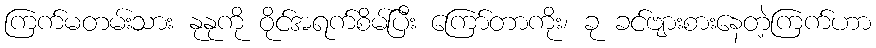
ကြက်မတမ်းသား နုနုကို ဝိုင်အရက်စိမ်ပြီး ကြော်တာကိုး၊ ခု ခင်ဗျားစားနေတဲ့ကြက်ဟာ